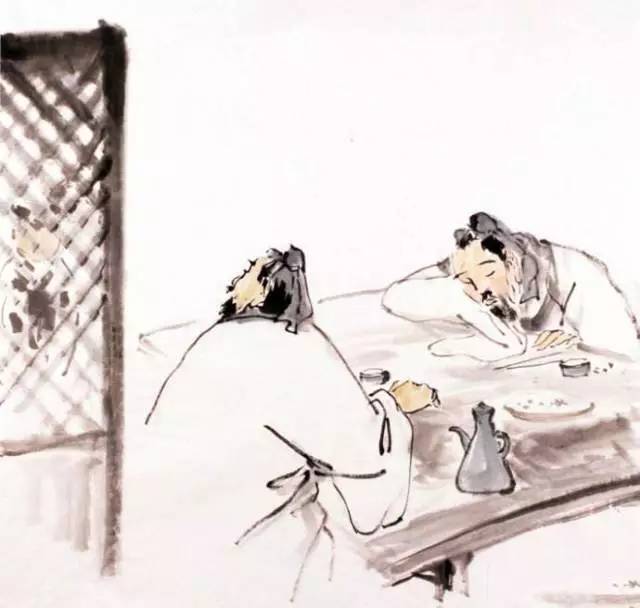
笑杀陶渊明，不饮杯中酒。